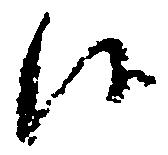
候